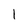
Character: 1